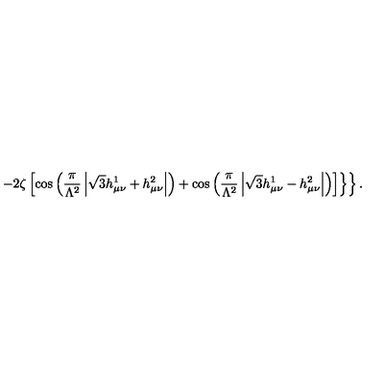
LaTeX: \left. \left. - 2 \zeta \left[ \cos \left( \frac { \pi } { \Lambda ^ { 2 } } \left| \sqrt { 3 } h _ { \mu \nu } ^ { 1 } + h _ { \mu \nu } ^ { 2 } \right| \right) + \cos \left( \frac { \pi } { \Lambda ^ { 2 } } \left| \sqrt { 3 } h _ { \mu \nu } ^ { 1 } - h _ { \mu \nu } ^ { 2 } \right| \right) \right] \right\} \right\} .